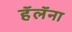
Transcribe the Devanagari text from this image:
हॅलॅना